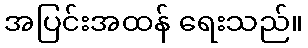
အပြင်းအထန် ရေးသည်။